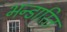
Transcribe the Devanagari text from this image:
भन्‍डारित